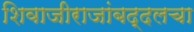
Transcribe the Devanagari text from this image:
शिवाजीराजांबद्दलचा